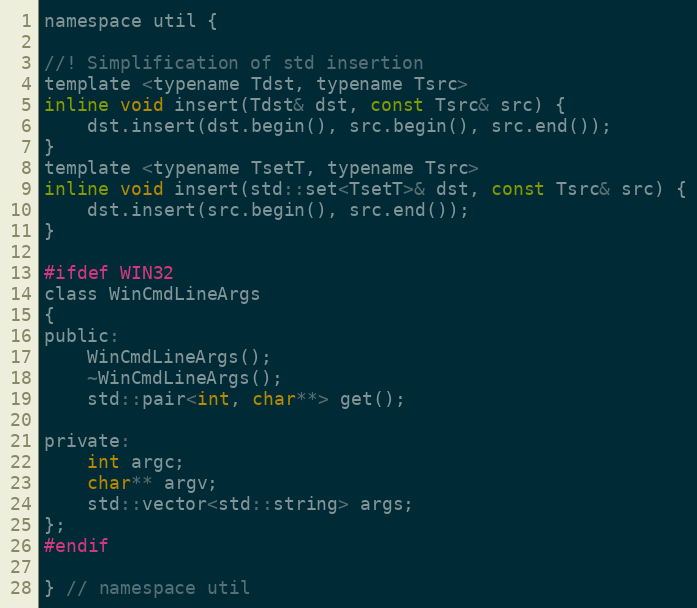
Language: C
namespace util {

//! Simplification of std insertion
template <typename Tdst, typename Tsrc>
inline void insert(Tdst& dst, const Tsrc& src) {
    dst.insert(dst.begin(), src.begin(), src.end());
}
template <typename TsetT, typename Tsrc>
inline void insert(std::set<TsetT>& dst, const Tsrc& src) {
    dst.insert(src.begin(), src.end());
}

#ifdef WIN32
class WinCmdLineArgs
{
public:
    WinCmdLineArgs();
    ~WinCmdLineArgs();
    std::pair<int, char**> get();

private:
    int argc;
    char** argv;
    std::vector<std::string> args;
};
#endif

} // namespace util